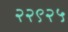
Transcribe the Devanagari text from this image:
२२९२५